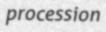
procession